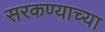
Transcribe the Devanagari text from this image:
सरकण्याच्या